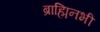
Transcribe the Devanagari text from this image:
ब्राह्मिनभी